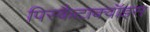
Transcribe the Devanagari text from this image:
पिस्कैटाक्वॉइस